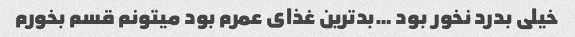
خیلی بدرد نخور بود …بدترین غذای عمرم بود میتونم قسم بخورم